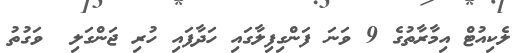
ލެކިއުޓް އިމާރާތުގެ 9 ވަނަ ފަންގިފިލާގައި ހަދާފައި ހުރި ޖަންގަލި  ވަގުތު